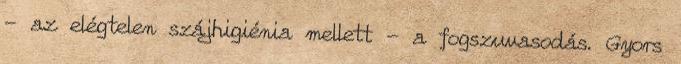
- az elégtelen szájhigiénia mellett - a fogszuvasodás. Gyors